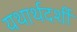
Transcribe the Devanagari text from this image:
यथार्थदर्शी